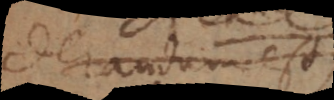
considerandum est,